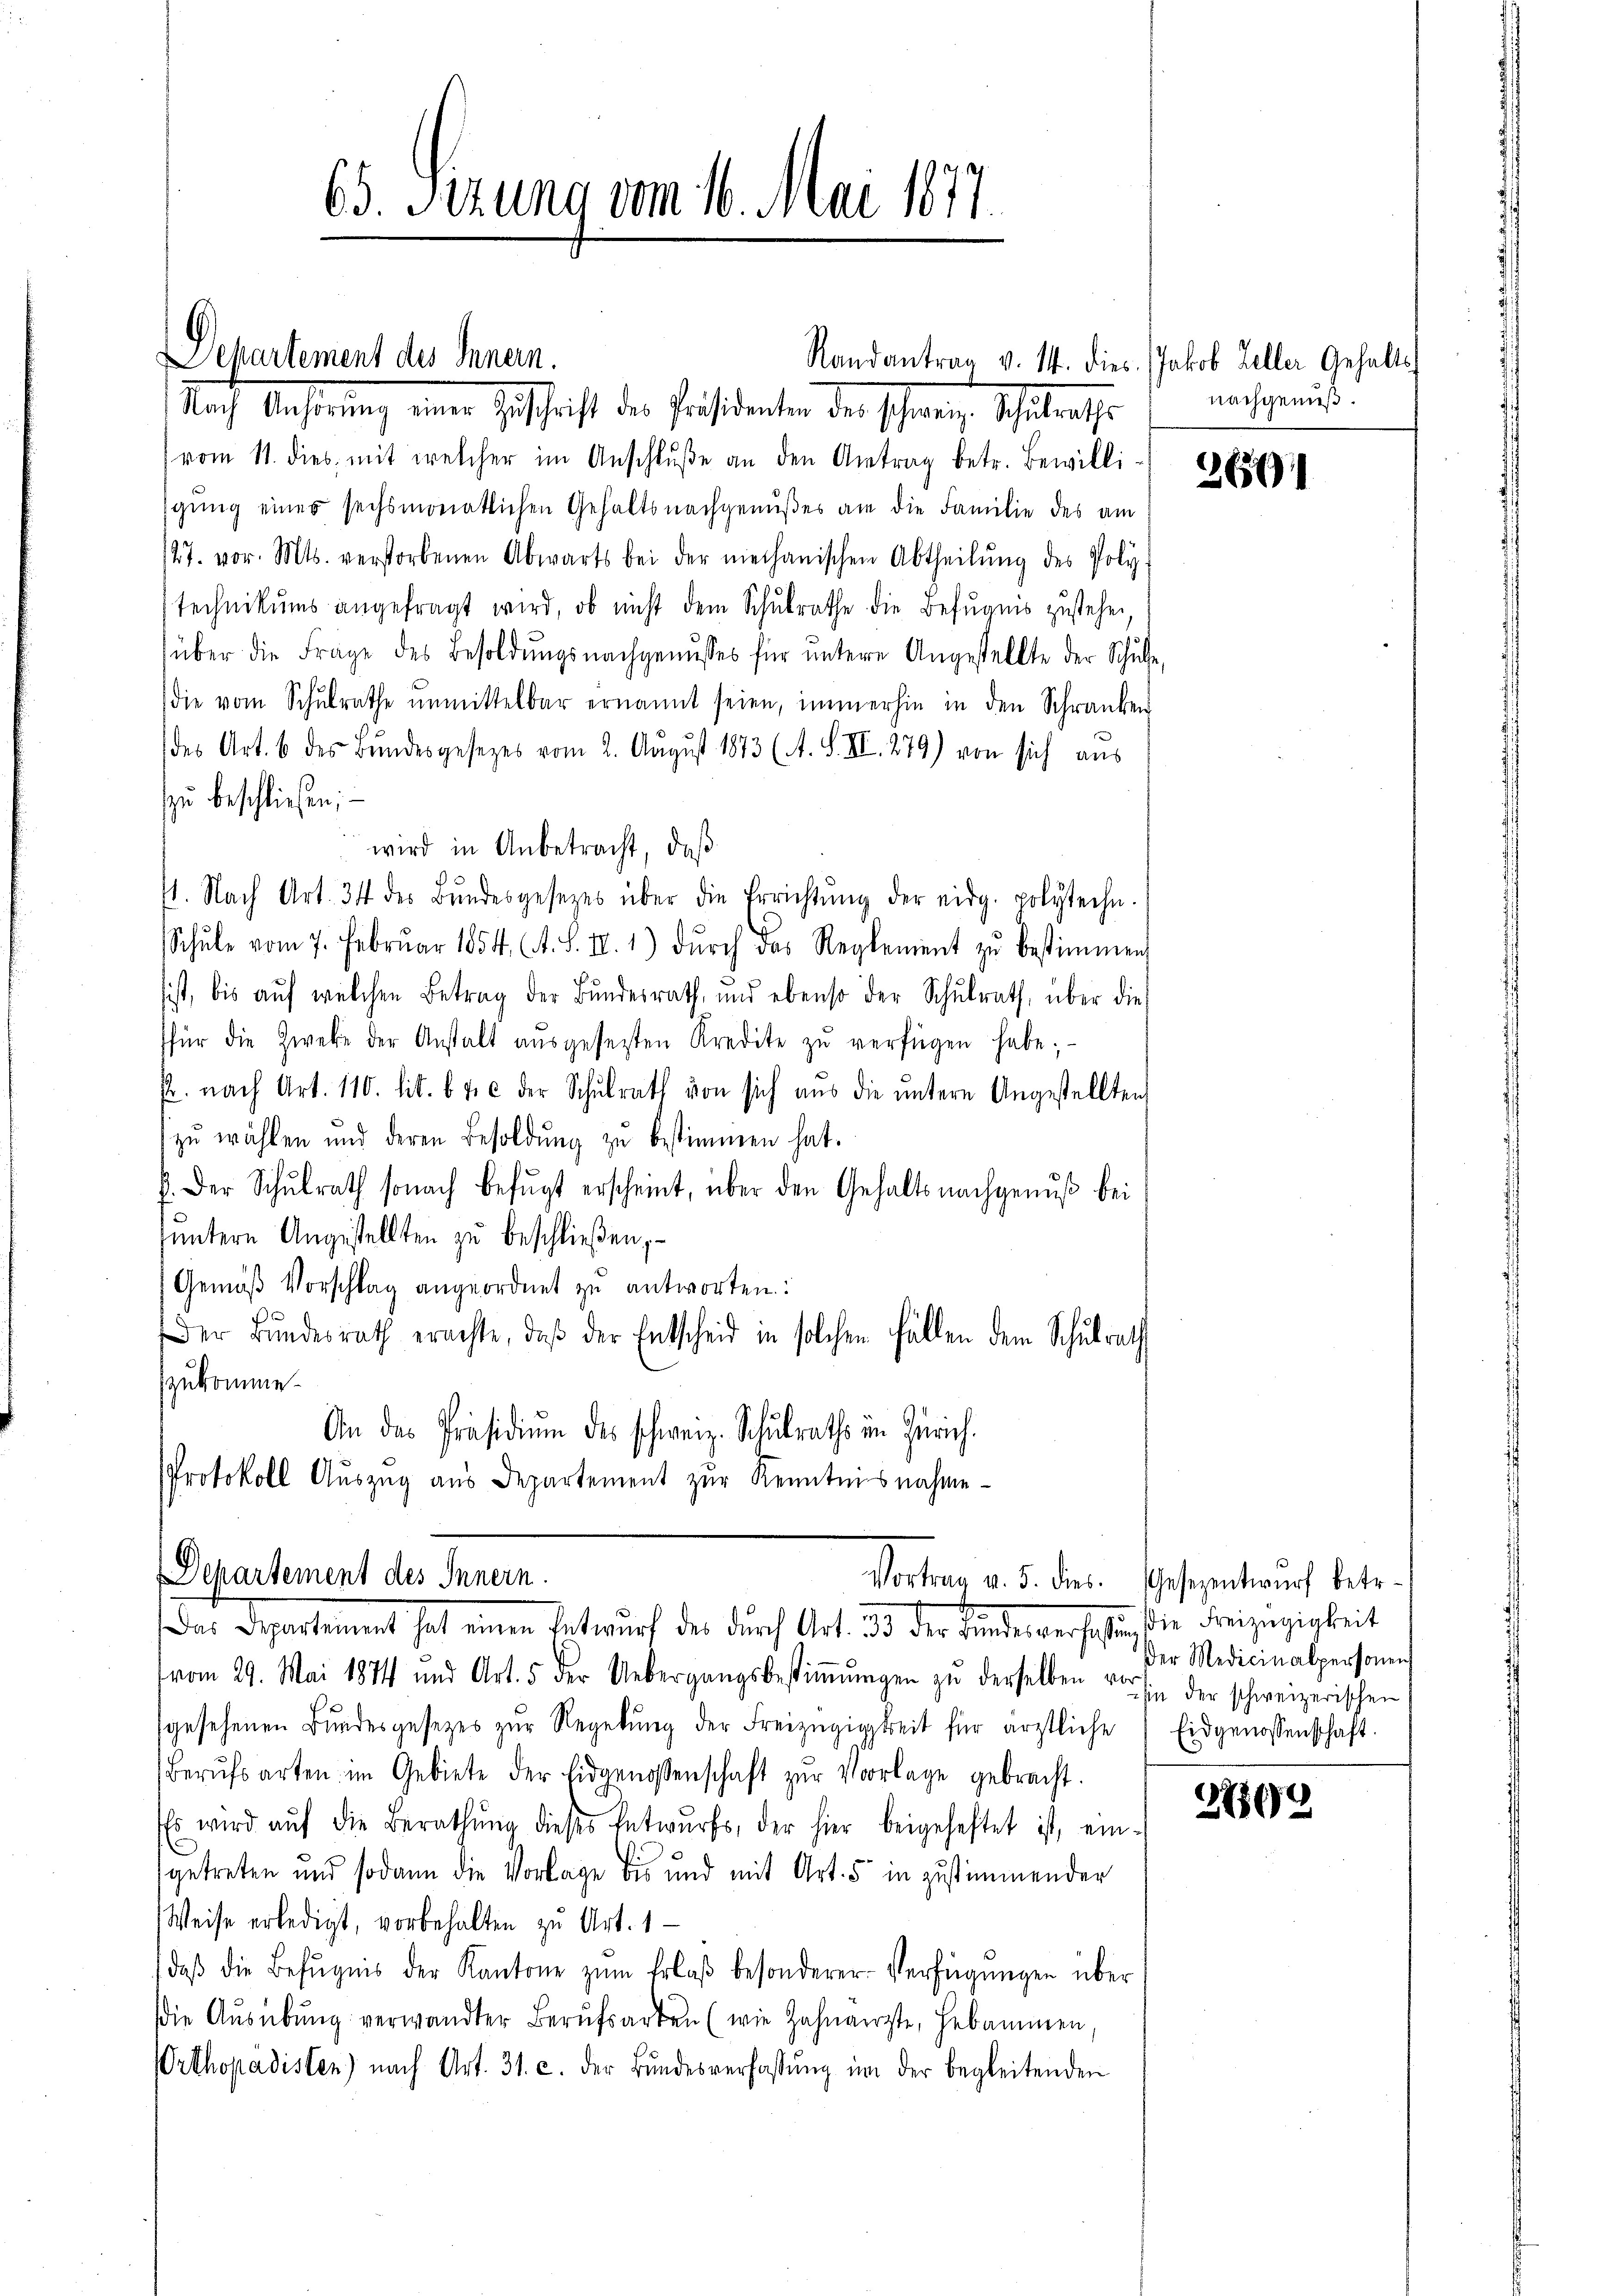
Dehartement des Innern.

65. Sizung vom 16. Mai 1877.

Nach Anhörung einer Zuschrift der Präsidenten der schwer, Schulrathe
vom 11. dies, mit welcher im Anschlŭβe an den Antrag betr. Bewilli
gung eines sechsmonatlichen Gehaltsnachgenußes an die Familie des am
27. vor. Mts. verstorbenen Abwarts bei der mechanischen Abtheilŭng des Poly-
technikums angefragt wird, ob nicht dem Schulrathe die Befugnis zustehen,
über die Frage des Besoldŭngsnachgenusses für ŭntere Angestellte der Schule,
die vom Schŭlrathe ŭnmittelbar ernannt seien, immerhin in den Schranken
des Art. 6 des Bundesgesezes vom 2. August 1873 (A. S. II. 279) von sich aus
zu beschließen; —
wird in Anbetracht, daß
1. Nach Art. 34 des Bŭndesgesezes über die Errichtŭng der eidg. polyteche.
Schŭle vom 7. Februar 1854, A. S. II. 1) dŭrch das Reglement zŭ bestimmen
ist, bis aŭf welchen Betrag der Bŭndesrath, und ebenso der Schŭlrath, über dies
für die Zweke der Anstalt aŭsgesetzten Kredite zŭ verfügen habe;
fr. nach Art. 110. lit. b & c der Schŭlrath von sich aus die ŭntere Angestellten
zŭ wählen und deren Besoldŭng zŭ bestimmen hat.
f. Der Schŭlrath sonach befŭgt erscheint, über den Gehalts nachgenuß bei
untern Angestellten zu beschließen; –
Gemäß Vorschlag angeordnet zu antworten:
Der Bundesrath erachte, daß der Entscheid in solchen Fällen dem Schulrath
zukomme.
An das Präsidiŭm des schweiz. Schulraths in Zürich.
Protokoll Aŭszŭg aŭs Departement zŭr Kenntnisnahme

Departement des Innern.
Vortrag v. 5. dies. Gesezentwŭrf betr.
Das Departement hat einen Entwurf der durch Art. Da der Kindenverschliessen Freizügigkeit

vom 29. Mai 1874 und Art. 5 der Uebergangsbestiṁŭngen zŭ derselben vor sie der schweizerischen,
gesehenen Bŭndesgesetzes zŭr Regelŭng der Freizügigkeit für ärztliche Eidgenossenschaft.
Berŭfsarten im Gebiete der Eidgenossenschaft zŭr Vorlage gebracht.
Es wird aŭf die Berathŭng dieses Entwŭrfs, der hier beigeheftet ist, ein-
getreten und sodann die Vorlage bis und mit Art. 5 in zustimmender
Weise erledigt, vorbehalten zu Art. 1
daβ die Befugnis der Kantone zŭm Erlaβ besonderer-Verfügungen über
die Aŭsübŭng verwandter Berŭfsarten (wie Zahnarzte, Hebammen,
Orthopadisten) nach Art. 31. c. der Bŭndesverfassŭng im der begleitenden

Randantrag v. 14. dies Jakob Keller Gehalts
nachgenuß.

3661

Der Medicinalpersonen

27869